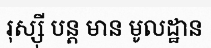
រុស្ស៊ី បន្ត មាន មូលដ្ឋាន